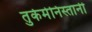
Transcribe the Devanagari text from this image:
तुर्कमेनिस्तानी